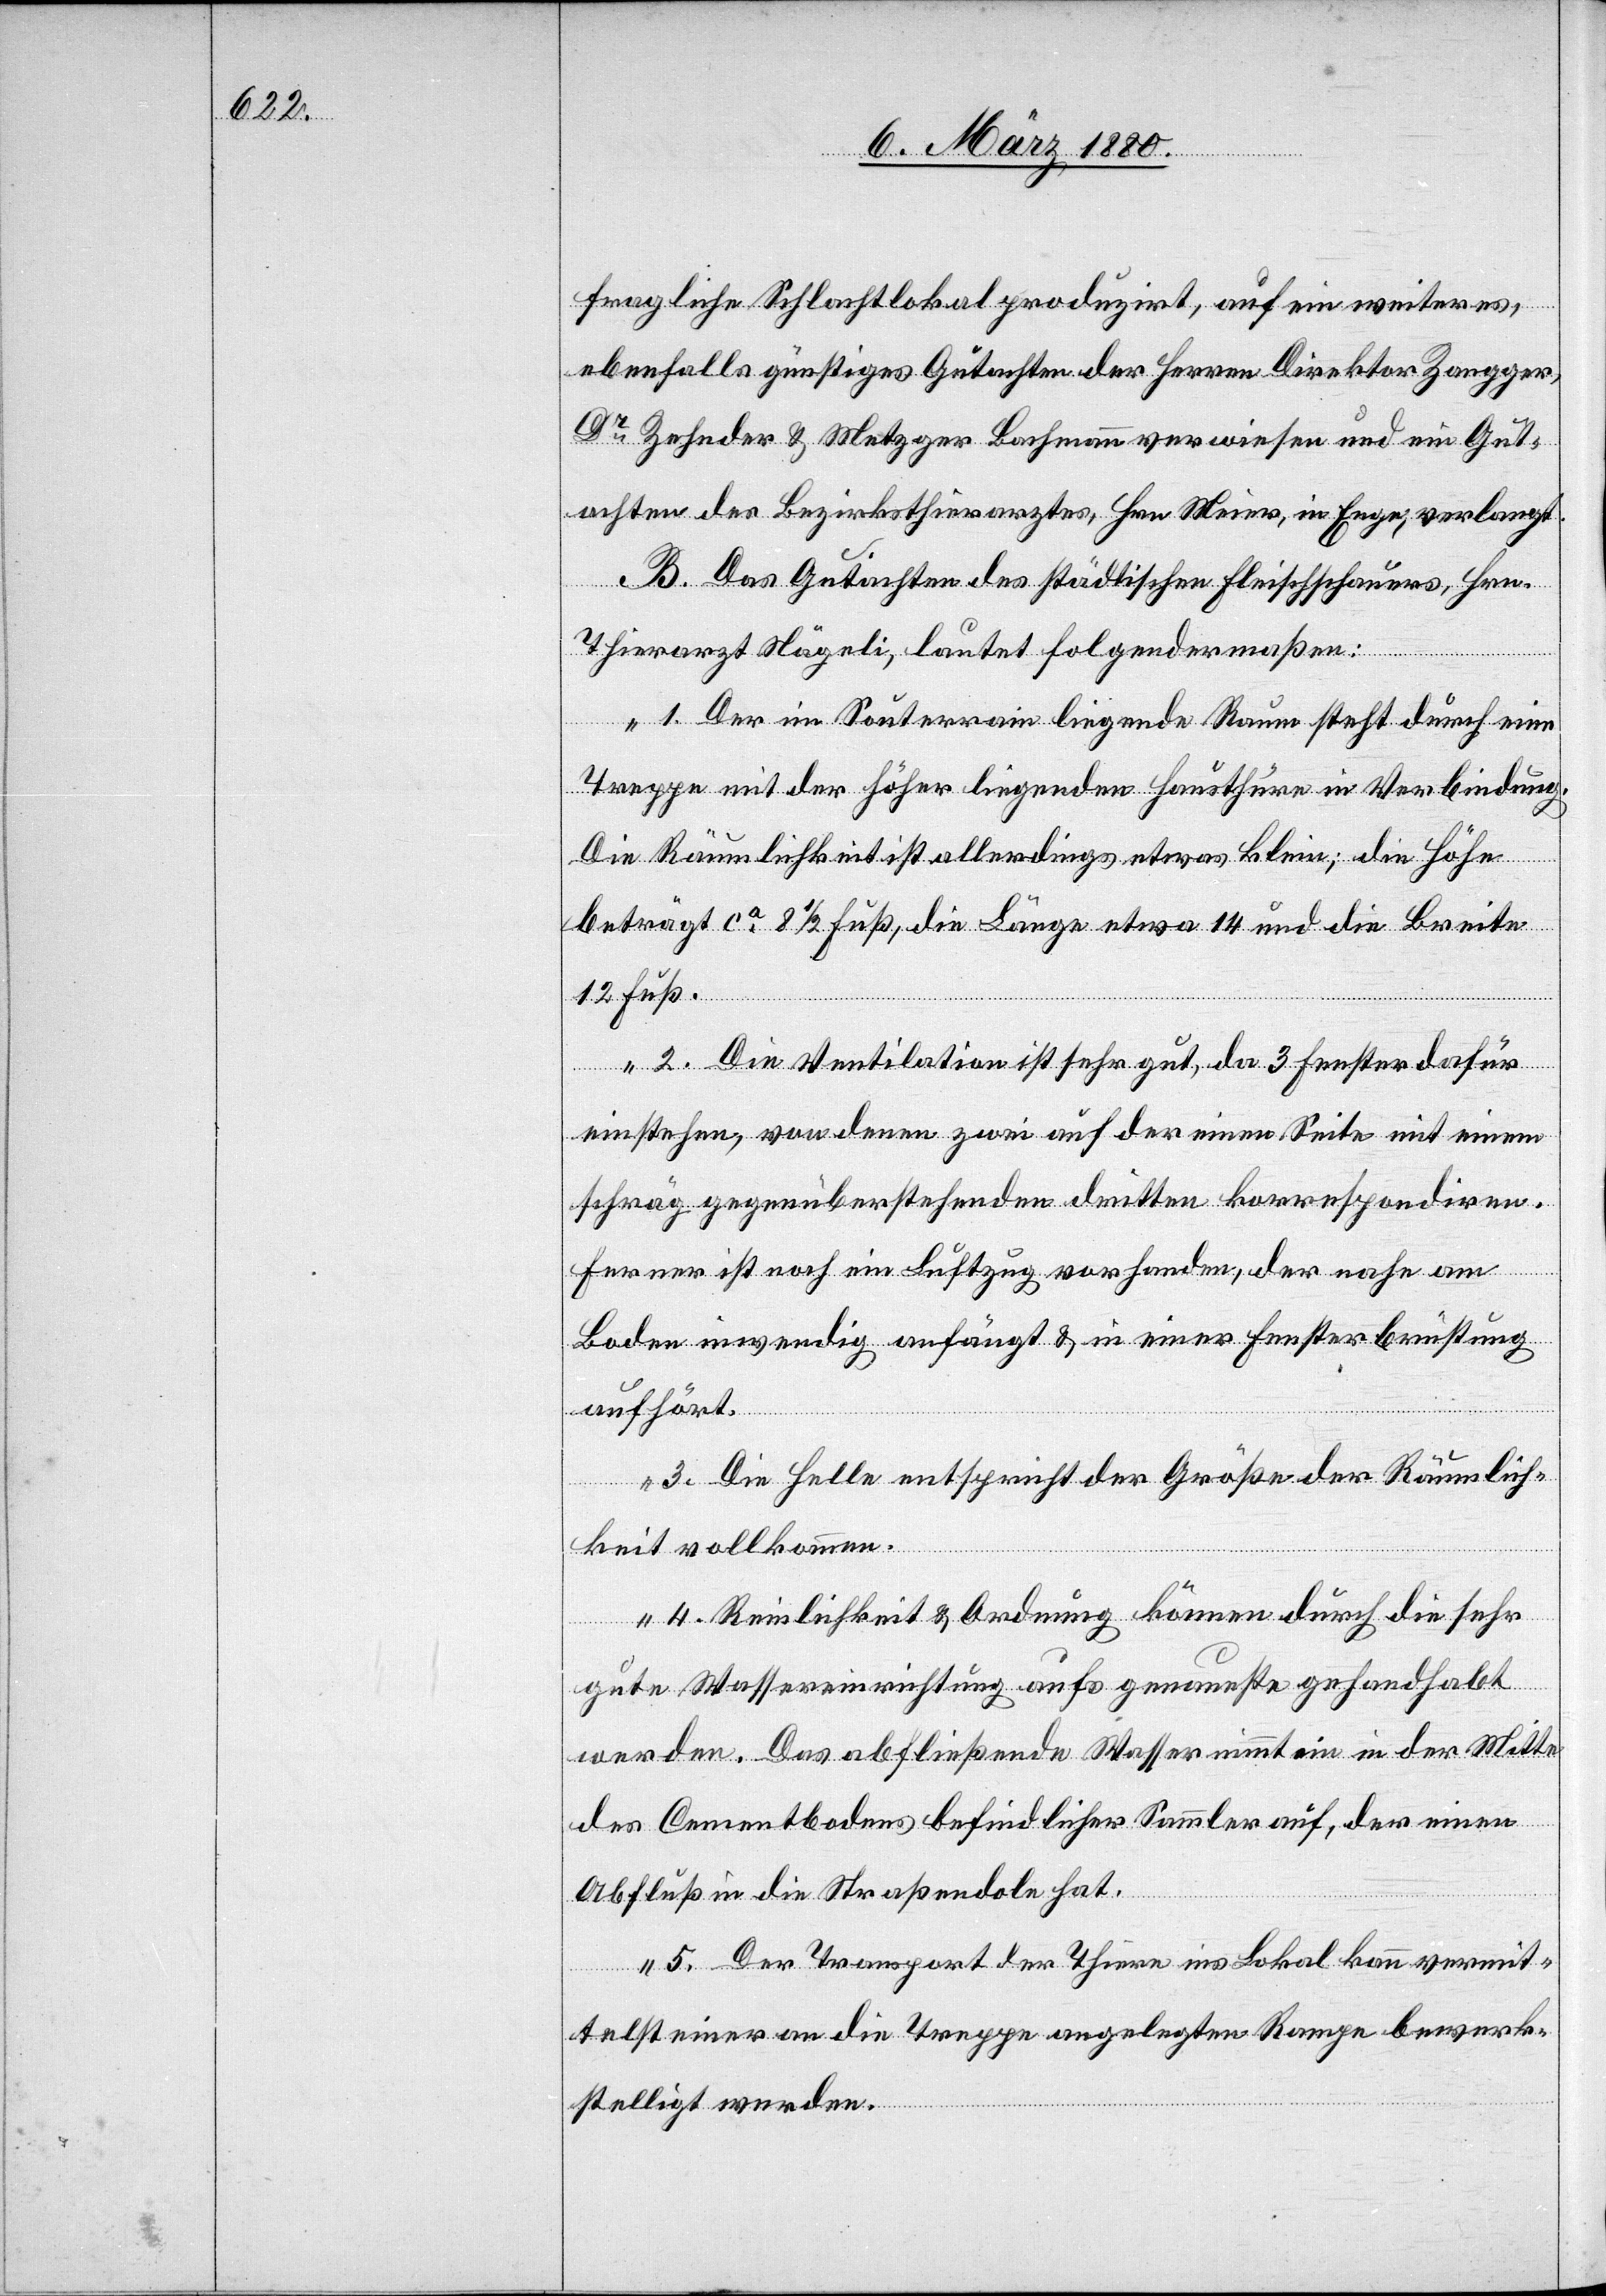
fragliche Schlachtlokal produzirt, auf ein weiteres,
ebenfalls günstiges Gutachten der Herren Direktor Zangger,
Dr Zehnder & Metzger Bachmann verwiesen und ein Gut¬
achten des Bezirksthierarztes, Hrn. Meier in Enge, verlangt.
B. Das Gutachten des städtischen Fleischschauers, Hrn.
Thierarzt Nägeli, lautet folgendermaßen:
„1. Der im Souterrain liegende Raum steht durch eine
Treppe mit der höher liegenden Hausthüre in Verbindung.
Die Räumlichkeit ist allerdings etwas klein; die Höhe
beträgt ca 8 1/2 Fuß, die Länge etwa 14 und die breite
12 Fuß.
2. Die Ventilation ist sehr gut, da 3 Fenster dafür
einstehen, von denen zwei auf der einen Seite mit einem
schräg gegenüberstehenden dritten korrespondiren.
Ferner ist noch ein Luftzug vorhanden, der nahe am
Boden inwendig anfängt & in einer Fensterbrüstung
aufhört.
3. Die Helle entspricht der Größe der Räumlich¬
keiten vollkommen.
4. Reinlichkeit & Ordnung können durch die sehr
gute Wassereinrichtung aufs genaueste gehandhabt
werden. Das abfließende Wasser nimmt ein in der Mitte
des Cementbodens befindlicher Sammler auf, der einen
Abfluß in die Straßendole hat.
5. Der Transport der Thiere ins Lokal kann vermit¬
telst einer an die Treppe angelegten Rampe bewerk¬
stelligt werden.